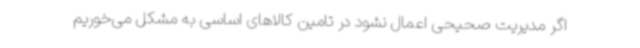
اگر مدیریت صحیحی اعمال نشود در تامین کالاهای اساسی به مشکل می‌خوریم